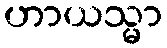
ဟာယသ္မာ